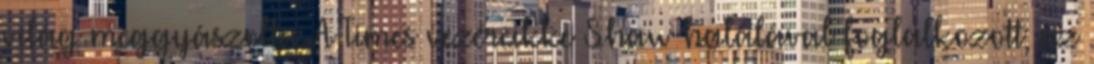
világ meggyászolta. A Times vezércikke Shaw halálával foglalkozott; az